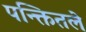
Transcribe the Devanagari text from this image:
पन्क्तितले